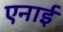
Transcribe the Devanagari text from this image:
एनाई